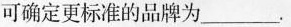
可确定更标准的品牌为___.